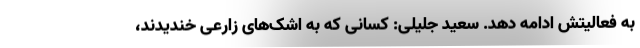
به فعالیتش ادامه دهد. سعید جلیلی: کسانی که به اشک‌های زارعی خندیدند،